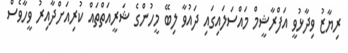
ރިޔާޒު ވިދާޅުވީ އަފްރާޝީމް މައްސަލައިގައި ދައުވާ ލިބޭ މީހުންގެ ޝަރީއަތްތައް ކުރިއަށްދާއިރު ވީހާވެސް